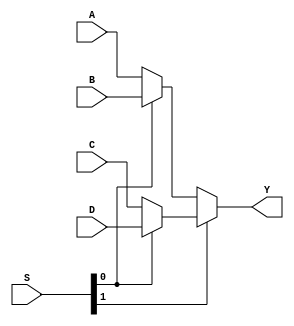
module MUX(A,B,C,D,S,Y);
    input [3:0] A,B,C,D;
    input [1:0] S;
    output [3:0] Y;

    assign Y = S[1] ? (S[0] ? D : C) : (S[0] ? B : A);

endmodule